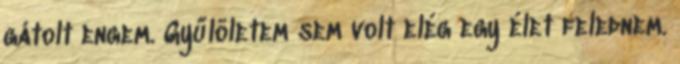
gátolt engem. Gyűlöletem sem volt elég egy élet felednem.